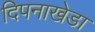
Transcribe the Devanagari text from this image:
दिपनाखेडा